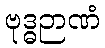
ဗုဒ္ဓဉာဏံ